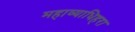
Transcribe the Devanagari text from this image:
महाव्याधिहरा